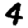
Digit: 4